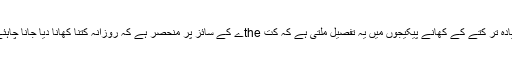
زیادہ تر کتے کے کھانے پیکیجوں میں یہ تفصیل ملتی ہے کہ کت theے کے سائز پر منحصر ہے کہ روزانہ کتنا کھانا دیا جانا چاہئے۔